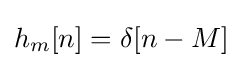
h_{m}[n]=\delta [n-M]